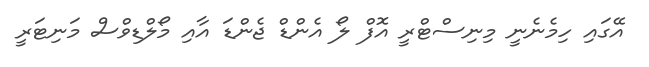
އޭގައި ހިމެނެނީ މިނިސްޓްރީ އޮފް ލޯ އެންޑް ޖެންޑަ އާއި މޯލްޑިވްސް މަނިޓަރީ